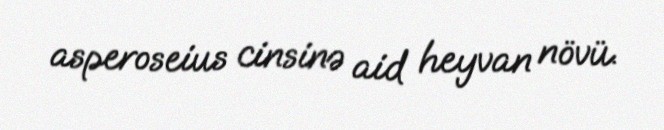
asperoseius cinsinə aid heyvan növü.